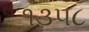
૧૩૫૮